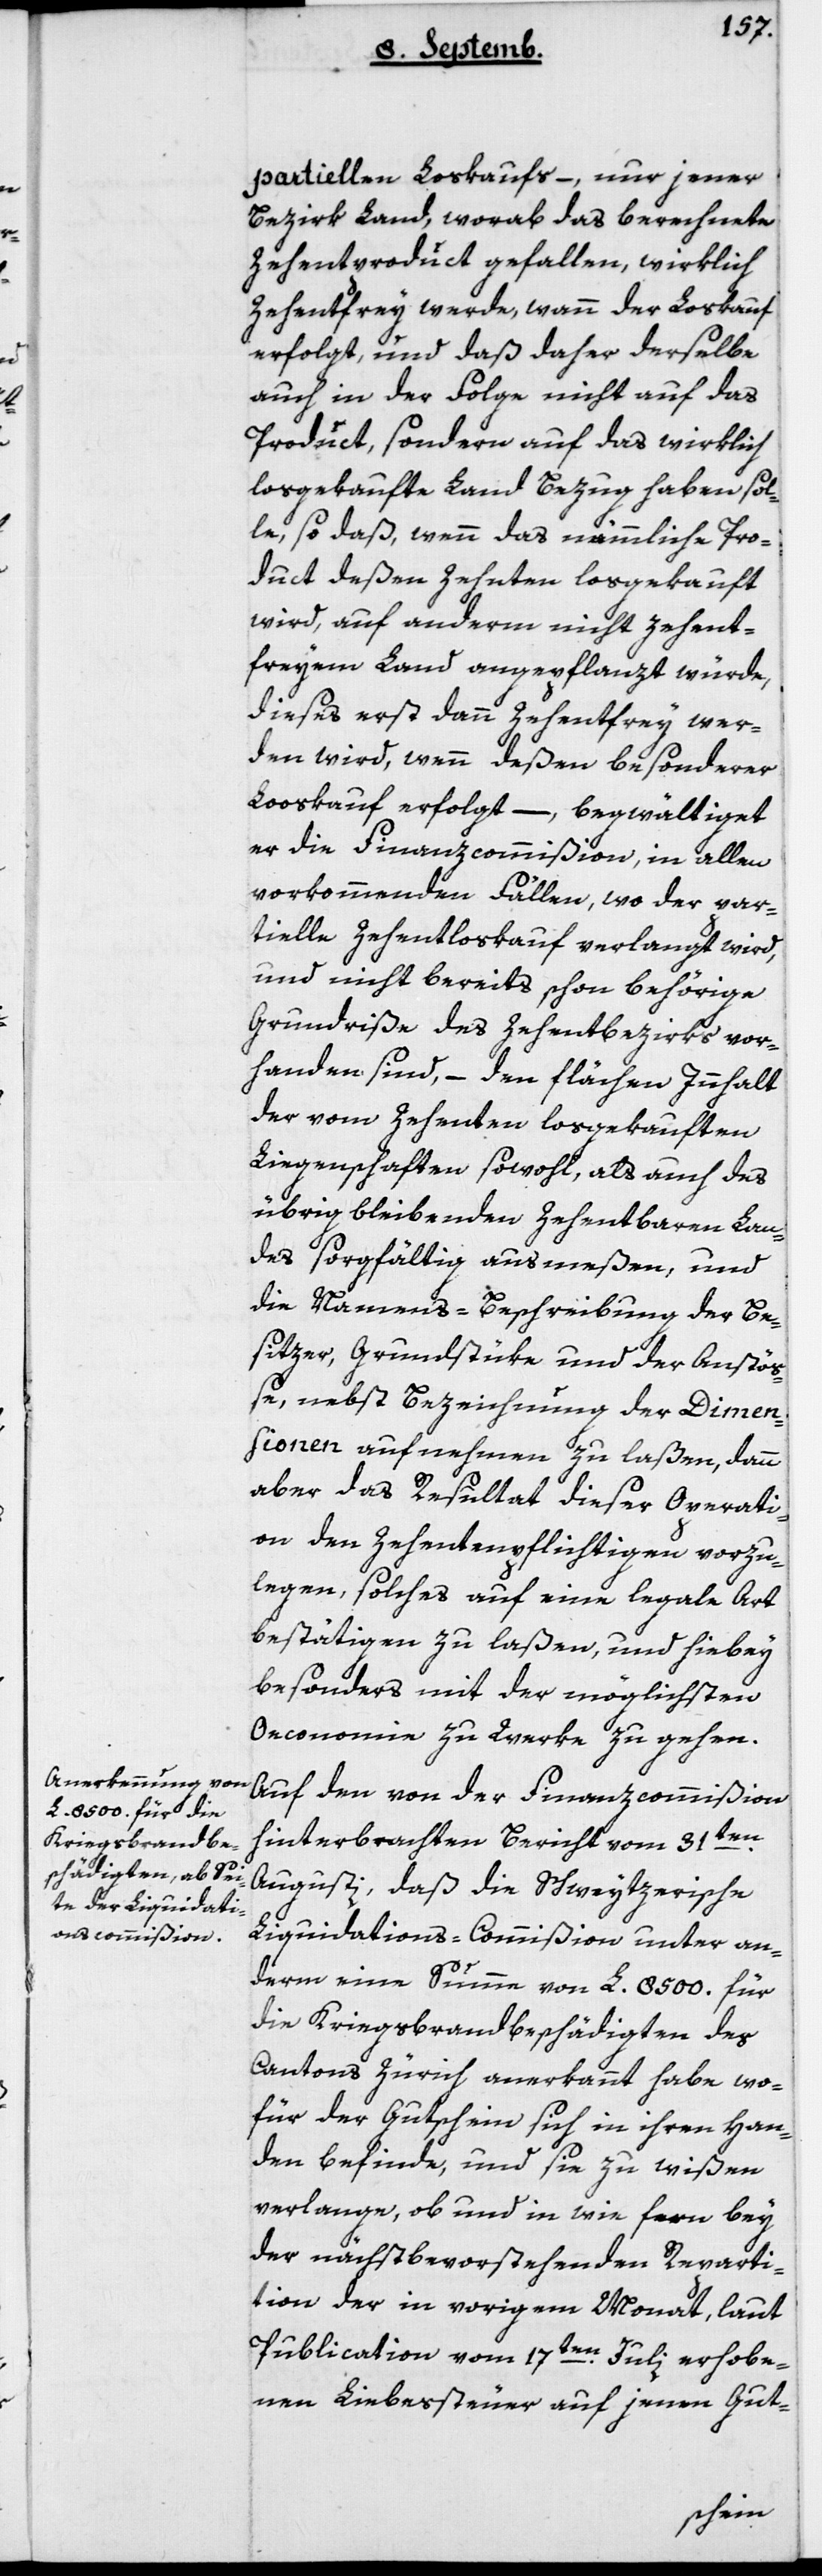
partiellen Loskaufs, – nur jener
Bezirk Land , worab das berechnete
Zehentproduct gefallen, wirklich
Zehentfrei werde, wann der Loskauf
erfolgt, und daß daher derselbe
auch in der Folge nicht auf das
Product, sondern auf das wirklich
losgekaufte Land Bezug haben sol¬
le, so daß, wenn das nämmliche Pro¬
duct deßen Zehnten losgekauft
wird, auf anderm nicht Zehent¬
freiem Land angepflanzt würde,
dieses erst dann Zehentfrei wer¬
den wird, wenn deßen besonderer
Loskauf erfolgt, – begwältiget
er die Finanzcommißion, in allen
vorkommenden Fällen, wo der par¬
tielle Zehentloskauf verlangt wird,
und nicht bereits schon behörige
Grundriße des Zehentbezirks vor¬
handen sind, – den flächen Inhalt
der vom Zehenten losgekauften
Liegenschaften sowohl, als auch des
übrig bleibenden Zehentbaren Lan¬
des sorgfältig ausmeßen, und
die Namens-Beschreibung der Be¬
sitzer, Grundstüke und der Anstöß¬
e, nebst Bezeichnung der Dimen¬
sionen aufnehmen zu laßen, dann
aber das Resultat dieser Operati¬
on den Zehentpflichtigen vorzu¬
legen, solches auf eine legale Art
bestätigen zu laßen, und hiebey
besonders mit der möglichsten
Oeconomie zu Werke zu gehen.
Auf den von der Finanzcommißion
hinterbrachten Bericht vom 31ten
Augusti, daß die schweizerische
Liquidations-Commißion unter an¬
derm eine Summe von L. 8'500 für
die Kriegsbrandbeschädigten des
Cantons Zürich anerkannt habe, wo¬
für der Gutschein sich in ihren Han¬
den befinde, und sie zu Wißen
verlange, ob und in wie fern bey
der nächstbevorstehenden Reparti¬
tion der in vorigem Monat, laut
Publication vom 17ten Julii erhobe¬
nen Liebessteuer auf jenen Gut-